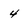
Character: 4